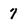
Character: 7